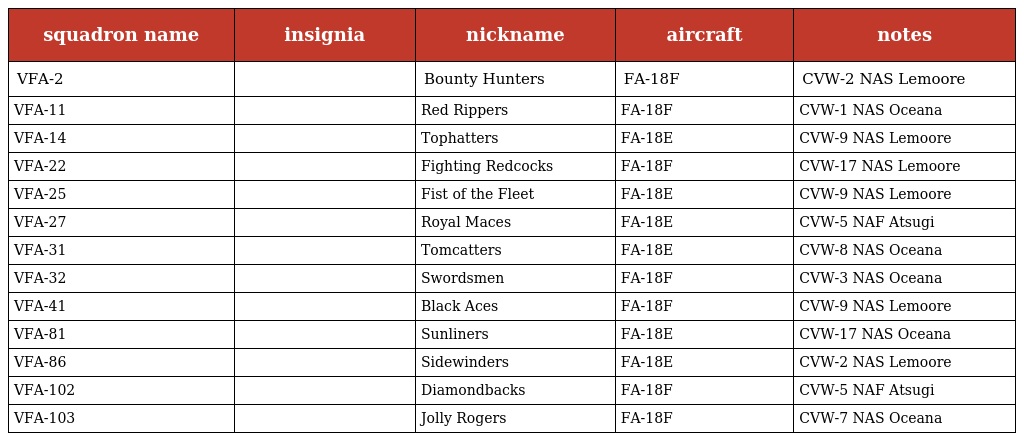
| squadron name | insignia | nickname | aircraft | notes |
 | --- | --- | --- | --- | --- |
 | VFA-2 |  | Bounty Hunters | FA-18F | CVW-2 NAS Lemoore |
 | VFA-11 |  | Red Rippers | FA-18F | CVW-1 NAS Oceana |
 | VFA-14 |  | Tophatters | FA-18E | CVW-9 NAS Lemoore |
 | VFA-22 |  | Fighting Redcocks | FA-18F | CVW-17 NAS Lemoore |
 | VFA-25 |  | Fist of the Fleet | FA-18E | CVW-9 NAS Lemoore |
 | VFA-27 |  | Royal Maces | FA-18E | CVW-5 NAF Atsugi |
 | VFA-31 |  | Tomcatters | FA-18E | CVW-8 NAS Oceana |
 | VFA-32 |  | Swordsmen | FA-18F | CVW-3 NAS Oceana |
 | VFA-41 |  | Black Aces | FA-18F | CVW-9 NAS Lemoore |
 | VFA-81 |  | Sunliners | FA-18E | CVW-17 NAS Oceana |
 | VFA-86 |  | Sidewinders | FA-18E | CVW-2 NAS Lemoore |
 | VFA-102 |  | Diamondbacks | FA-18F | CVW-5 NAF Atsugi |
 | VFA-103 |  | Jolly Rogers | FA-18F | CVW-7 NAS Oceana |